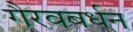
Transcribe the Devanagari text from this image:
गैरवबर्धन